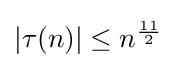
{\textstyle \vert \tau (n)\vert \leq n^{\frac {11}{2}}}